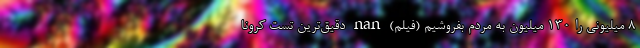
۸ میلیونی را ۱۳۰ میلیون به مردم بفروشیم (فیلم) nan دقیق‌ترین تست کرونا